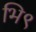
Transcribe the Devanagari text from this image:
भि९